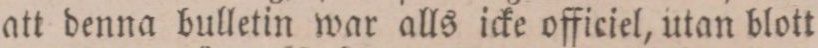
att denna bulletin war alls icke officiel, utan blott